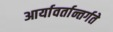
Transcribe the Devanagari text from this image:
आर्यावर्तान्तर्गते